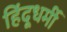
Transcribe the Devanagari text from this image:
हिंदूधर्मी